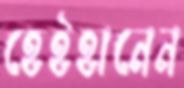
হেইহানেন